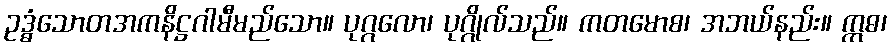
ဥဒ္ဓံသောတအကနိဋ္ဌဂါမီမည်သော။ ပုဂ္ဂလော၊ ပုဂ္ဂိုလ်သည်။ ကတမောစ၊ အဘယ်နည်း။ ဣဓ၊